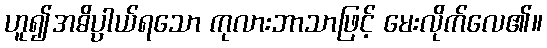
ဟူ၍အဓိပ္ပာယ်ရသော ကုလားဘာသာဖြင့် မေးလိုက်လေ၏။